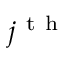
j ^ { \mathrm { ~ t ~ h ~ } }